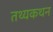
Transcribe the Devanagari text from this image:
तथ्यकथन